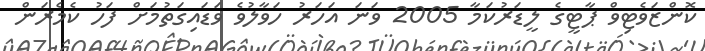
ކޮންޒަވެޓިވް ޕާޓީގެ ލީޑަރުކަމާ 2005 ވަނަ އަހަރު ހަވާލުވެ ވަޑައިގަތުމަށް ފަހު ކެމެރަން